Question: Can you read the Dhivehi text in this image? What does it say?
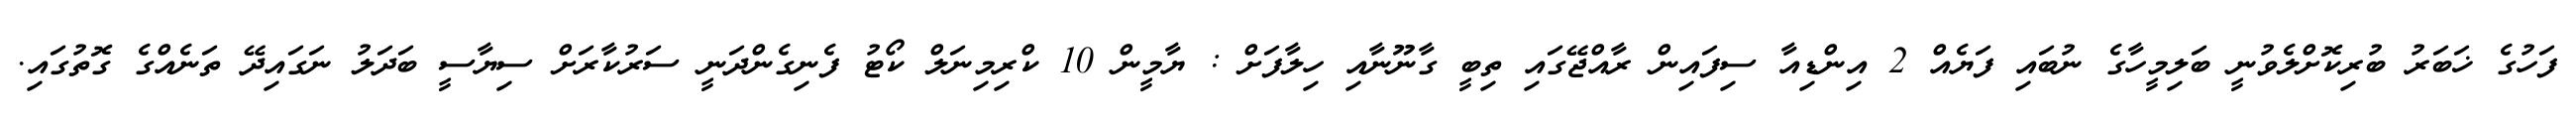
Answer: ފަހުގެ ޚަބަރު ބުރިކޮށްލެވުނީ ބަލިމީހާގެ ނުބައި ފަޔެއް 2 އިންޑިއާ ސިފައިން ރާއްޖޭގައި ތިބީ ގާނޫނާއި ހިލާފަށް : ޔާމީން 10 ކްރިމިނަލް ކޯޓު ފެނިގެންދަނީ ސަރުކާރަށް ސިޔާސީ ބަދަލު ނަގައިދޭ ތަނެއްގެ ގޮތުގައި.